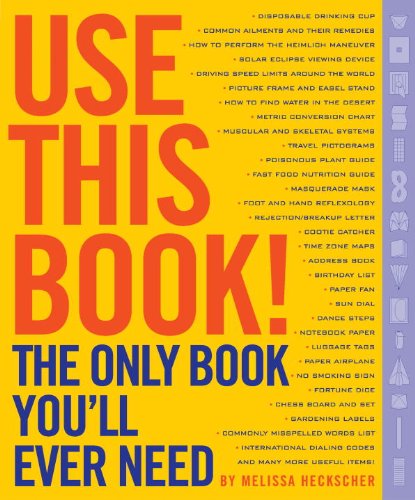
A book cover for Use This Book!: The Only Book You'll Ever Need!; Melissa Heckscher; Reference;